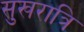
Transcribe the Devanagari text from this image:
सुखरात्रि